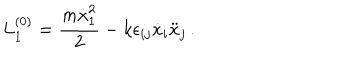
{ L } _ { 1 } ^ { ( 0 ) } = \frac { m \dot { x } _ { 1 } ^ { 2 } } { 2 } - k \epsilon _ { i j } \dot { x } _ { i } \ddot { x } _ { j } \, .